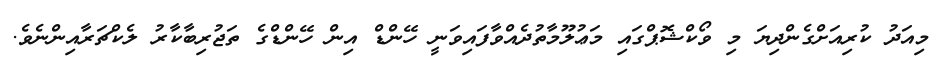
މިއަދު ކުރިއަށްގެންދިޔަ މި ވޯކްޝޮޕްގައި މަޢުލޫމާތުދެއްވާފައިވަނީ ހޭންޑް އިން ހޭންޑްގެ ތަޖުރިބާކާރު ލެކްޗަރާއިންނެވެ.